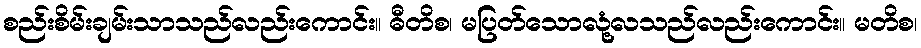
စည်းစိမ်းချမ်းသာသည်လည်းကောင်း။ ဓီတိစ၊ မပြတ်သောလုံ့လသည်လည်းကောင်း။ မတိစ၊